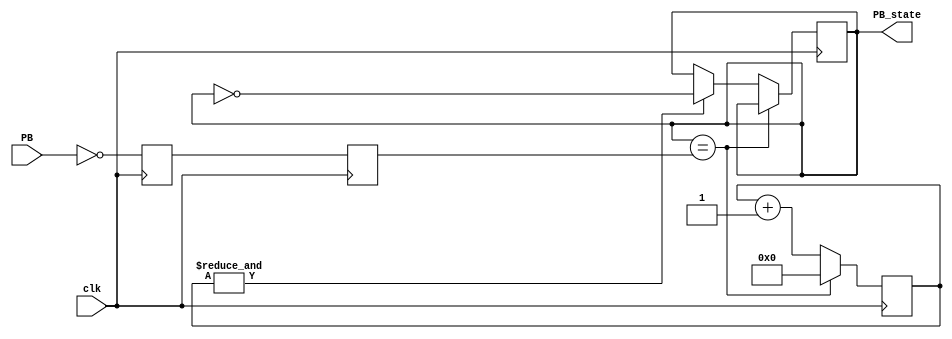
module PushButton_Debouncer(
    input clk,
    input PB,  
    output reg PB_state   
);

reg PB_sync_0;  always @(posedge clk) PB_sync_0 <= ~PB; 
reg PB_sync_1;  always @(posedge clk) PB_sync_1 <= PB_sync_0;

reg [15:0] PB_cnt;

wire PB_cnt_max = &PB_cnt;	// true when all bits of PB_cnt are 1's

always @(posedge clk)
if(PB_state==PB_sync_1)
    PB_cnt <= 0;  // nothing's going on
else
begin
    PB_cnt <= PB_cnt + 16'd1;  // something's going on, increment the counter
    if(PB_cnt_max) PB_state <= ~PB_state;  // if the counter is maxed out, PB changed!
end

endmodule

module SMALLDebouncer(
    input clk,
    input PB,  
    output reg PB_state   
);

reg PB_sync_0;  always @(posedge clk) PB_sync_0 <= ~PB; 
reg PB_sync_1;  always @(posedge clk) PB_sync_1 <= PB_sync_0;

reg [1:0] PB_cnt;

wire PB_cnt_max = &PB_cnt;	// true when all bits of PB_cnt are 1's

always @(posedge clk)
if(PB_state==PB_sync_1)
    PB_cnt <= 0;  // nothing's going on
else
begin
    PB_cnt <= PB_cnt + 16'd1;  // something's going on, increment the counter
    if(PB_cnt_max) PB_state <= ~PB_state;  // if the counter is maxed out, PB changed!
end

endmodule